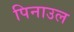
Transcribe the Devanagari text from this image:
पिनाउल